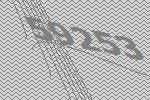
59253